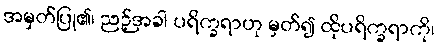
အမှတ်ပြု၏၊ ညဉ့်အခါ ပရိက္ခရာဟု မှတ်၍ ထိုပရိက္ခရာကို၊